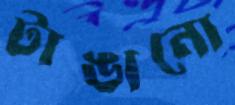
টাঙানো